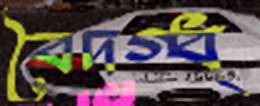
বৈদগ্ধ্